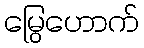
မြွေဟောက်